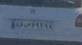
۸۶ص۶۹۲۹۹